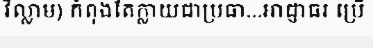
វិល្លាម) កំពុងតែក្លាយជាប្រធា...អាជ្ញាធរ ប្រើ